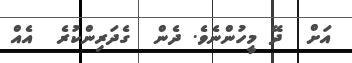
އަށް  ދޭ މީހުންނެވެ. ދެން  ގެދަރިންކުރެ  އެއް